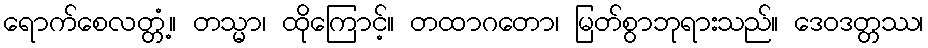
ရောက်စေလတ္တံ့။ တသ္မာ၊ ထိုကြောင့်။ တထာဂတော၊ မြတ်စွာဘုရားသည်။ ဒေဝဒတ္တဿ၊